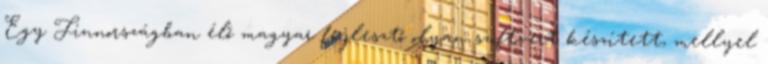
Egy Finnországban élő magyar fejlesztő olyan szoftvert készített, mellyel